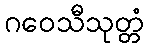
ဂဝေသီသုတ္တံ